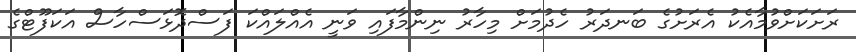
ރަށަކަށްވުމާއެކު އެރަށުގެ ބަނދަރު ހެދުމަށް މިހާރު ނިންމާފައި ވަނީ އެއްލައްކަ ފަސްދޮޅަސްހާސް އަކަފޫޓްގެ